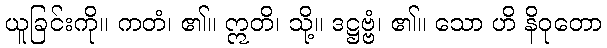
ယူခြင်းကို။ ကတံ၊ ၏။ ဣတိ၊ သို့။ ဒဋ္ဌဗ္ဗံ၊ ၏။ သော ဟိ နိဝုတော